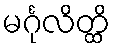
မင်္ဂုလိတ္ထိ